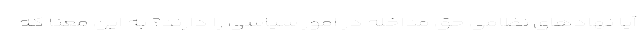
آیا نهادهای نظامی حق مداخله در امور سیاسی را دارند؟ به این معنا که